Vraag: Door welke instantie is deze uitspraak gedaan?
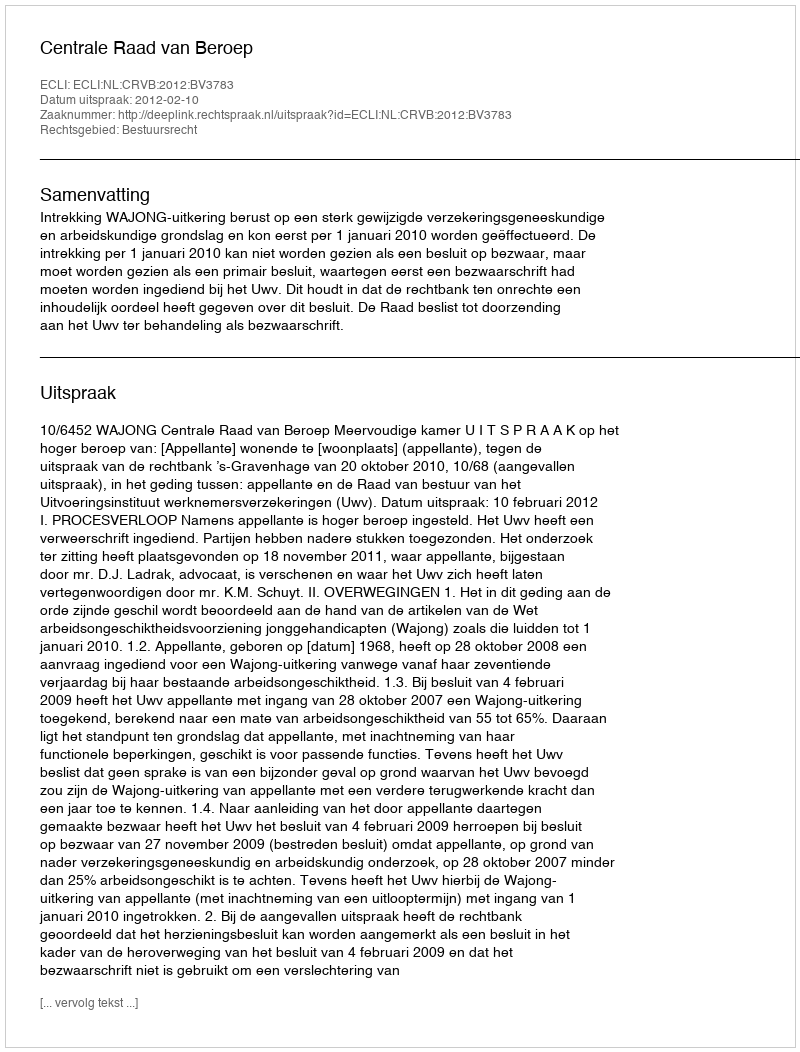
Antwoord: Centrale Raad van Beroep